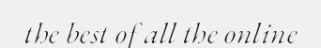
the best of all the online